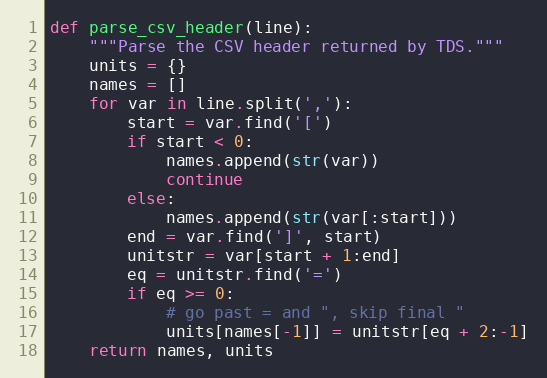
Language: Python
def parse_csv_header(line):
    """Parse the CSV header returned by TDS."""
    units = {}
    names = []
    for var in line.split(','):
        start = var.find('[')
        if start < 0:
            names.append(str(var))
            continue
        else:
            names.append(str(var[:start]))
        end = var.find(']', start)
        unitstr = var[start + 1:end]
        eq = unitstr.find('=')
        if eq >= 0:
            # go past = and ", skip final "
            units[names[-1]] = unitstr[eq + 2:-1]
    return names, units